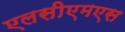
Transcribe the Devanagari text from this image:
एलसीएमएस